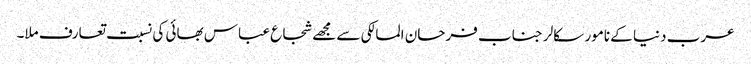
عرب دنیا کے نامور سکالر جناب فرحان المالکی سے مجھے شجاع عباس بھائی کی نسبت تعارف ملا۔